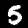
Label: 5